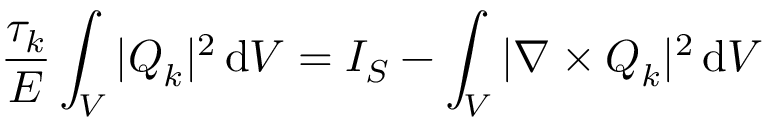
\frac { \tau _ { k } } { E } \int _ { V } | \boldsymbol { Q } _ { k } | ^ { 2 } \, \mathrm { d } V = I _ { S } - \int _ { V } | \nabla \times \boldsymbol { Q } _ { k } | ^ { 2 } \, \mathrm { d } V